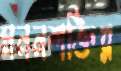
মননশক্তির